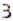
3